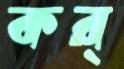
কর্